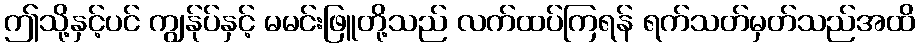
ဤသို့နှင့်ပင် ကျွန်ုပ်နှင့် မမင်းဖြူတို့သည် လက်ထပ်ကြရန် ရက်သတ်မှတ်သည်အထိ